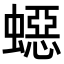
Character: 𧑕